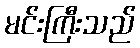
မင်းကြီးသည်